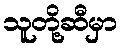
သူတို့ဆီမှာ